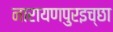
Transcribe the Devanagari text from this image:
नारायणपुरइच्छा